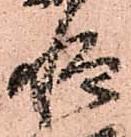
惶